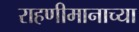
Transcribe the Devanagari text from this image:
राहणीमानाच्या